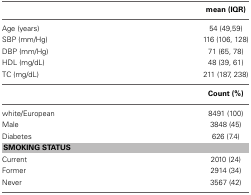
<table><thead><tr><td></td><td><b>mean (IQR)</b></td></tr></thead><tbody><tr><td>Age (years)</td><td>54 (49,59)</td></tr><tr><td>SBP (mm/Hg)</td><td>116 (106, 128)</td></tr><tr><td>DBP (mm/Hg)</td><td>71 (65, 78)</td></tr><tr><td>HDL (mg/dL)</td><td>48 (39, 61)</td></tr><tr><td>TC (mg/dL)</td><td>211 (187, 238)</td></tr><tr><td></td><td><b>Count (%)</b></td></tr><tr><td>white/European</td><td>8491 (100)</td></tr><tr><td>Male</td><td>3848 (45)</td></tr><tr><td>Diabetes</td><td>626 (7.4)</td></tr><tr><td colspan="2"><b>SMOKING STATUS</b></td></tr><tr><td>Current</td><td>2010 (24)</td></tr><tr><td>Former</td><td>2914 (34)</td></tr><tr><td>Never</td><td>3567 (42)</td></tr></tbody></table>